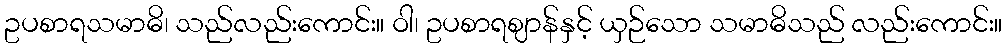
ဥပစာရသမာဓိ၊ သည်လည်းကောင်း။ ဝါ၊ ဥပစာရဈာန်နှင့် ယှဉ်သော သမာဓိသည် လည်းကောင်း။